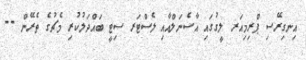
އިނގިރޭސި ޕްރިމިއަރ ލީގުގައި އާސެނަލްއާއި ލެސްޓަރ ސިޓީ ބައްދަލުކުރި މެޗުގެ ތެރޭން --